Vaccination in Bombay 1869-1873 - 1869-1873
Year: 1869
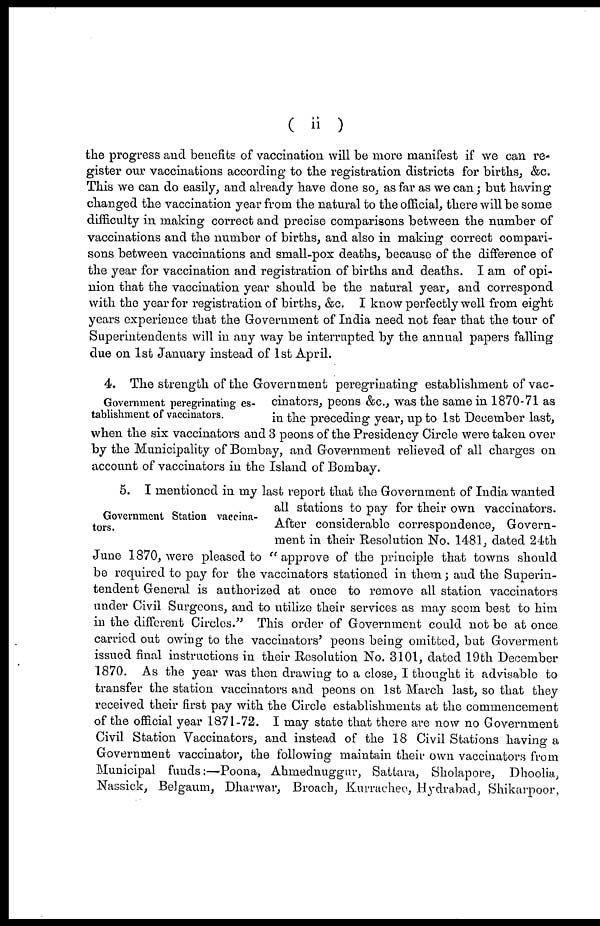
( ii )
the progress and benefits of vaccination will be more manifest if we can re-
gister our vaccinations according to the registration districts for births, &c.
This we can do easily, and already have done so, as far as we can; but having
changed the vaccination year from the natural to the official, there will be some
difficulty in making correct and precise comparisons between the number of
vaccinations and the number of births, and also in making correct compari-
sons between vaccinations and small-pox deaths, because of the difference of
the year for vaccination and registration of births and deaths. I am of opi-
nion that the vaccination year should be the natural year, and correspond
with the year for registration of births, &c. I know perfectly well from eight
years experience that the Government of India need not fear that the tour of
Superintendents will in any way be interrupted by the annual papers falling
due on 1st January instead of 1st April.
Government peregrinating es-
tablishment of vaccinators.
4. The strength of the Government peregrinating establishment of vac-
cinators, peons &c., was the same in 1870-71 as
in the preceding year, up to 1st December last,
when the six vaccinators and 3 peons of the Presidency Circle were taken over
by the Municipality of Bombay, and Government relieved of all charges on
account of vaccinators in the Island of Bombay.
Government Station vaccina-
tors.
5. I mentioned in my last report that the Government of India wanted
all stations to pay for their own vaccinators.
After considerable correspondence, Govern-
ment in their Resolution No. 1481, dated 24th
June 1870, were pleased to "approve of the principle that towns should
be required to pay for the vaccinators stationed in them; and the Superin-
tendent General is authorized at once to remove all station vaccinators
under Civil Surgeons, and to utilize their services as may seem best to him
in the different Circles." This order of Government could not be at once
carried out owing to the vaccinators' peons being omitted, but Goverment
issued final instructions in their Resolution No. 3101, dated 19th December
1870. As the year was then drawing to a close, I thought it advisable to
transfer the station vaccinators and peons on 1st March last, so that they
received their first pay with the Circle establishments at the commencement
of the official year 1871-72. I may state that there are now no Government
Civil Station Vaccinators, and instead of the 18 Civil Stations having a
Government vaccinator, the following maintain their own vaccinators from
Municipal funds:—Poona, Ahmednuggur, Sattara, Sholapore, Dhoolia,
Nassick, Belgaum, Dharwar, Broach, Kurrachee, Hydrabad, Shikarpoor,